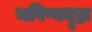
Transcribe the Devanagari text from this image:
भविष्यदृष्टा